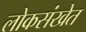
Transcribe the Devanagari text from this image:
लोकसंखेत